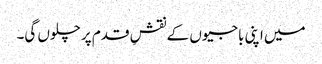
میں اپنی باجیوں کے نقشِ قدم پر چلوں گی۔